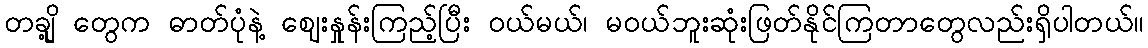
တချို့ တွေက ဓာတ်ပုံနဲ့ ဈေးနှုန်းကြည့်ပြီး ဝယ်မယ်၊ မဝယ်ဘူးဆုံးဖြတ်နိုင်ကြတာတွေလည်းရှိပါတယ်။